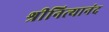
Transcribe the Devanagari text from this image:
श्रीनित्यानंद